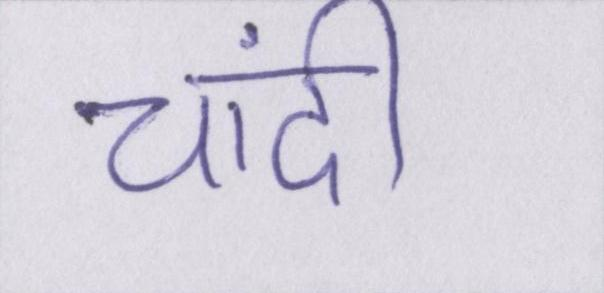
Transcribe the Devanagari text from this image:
चांदी